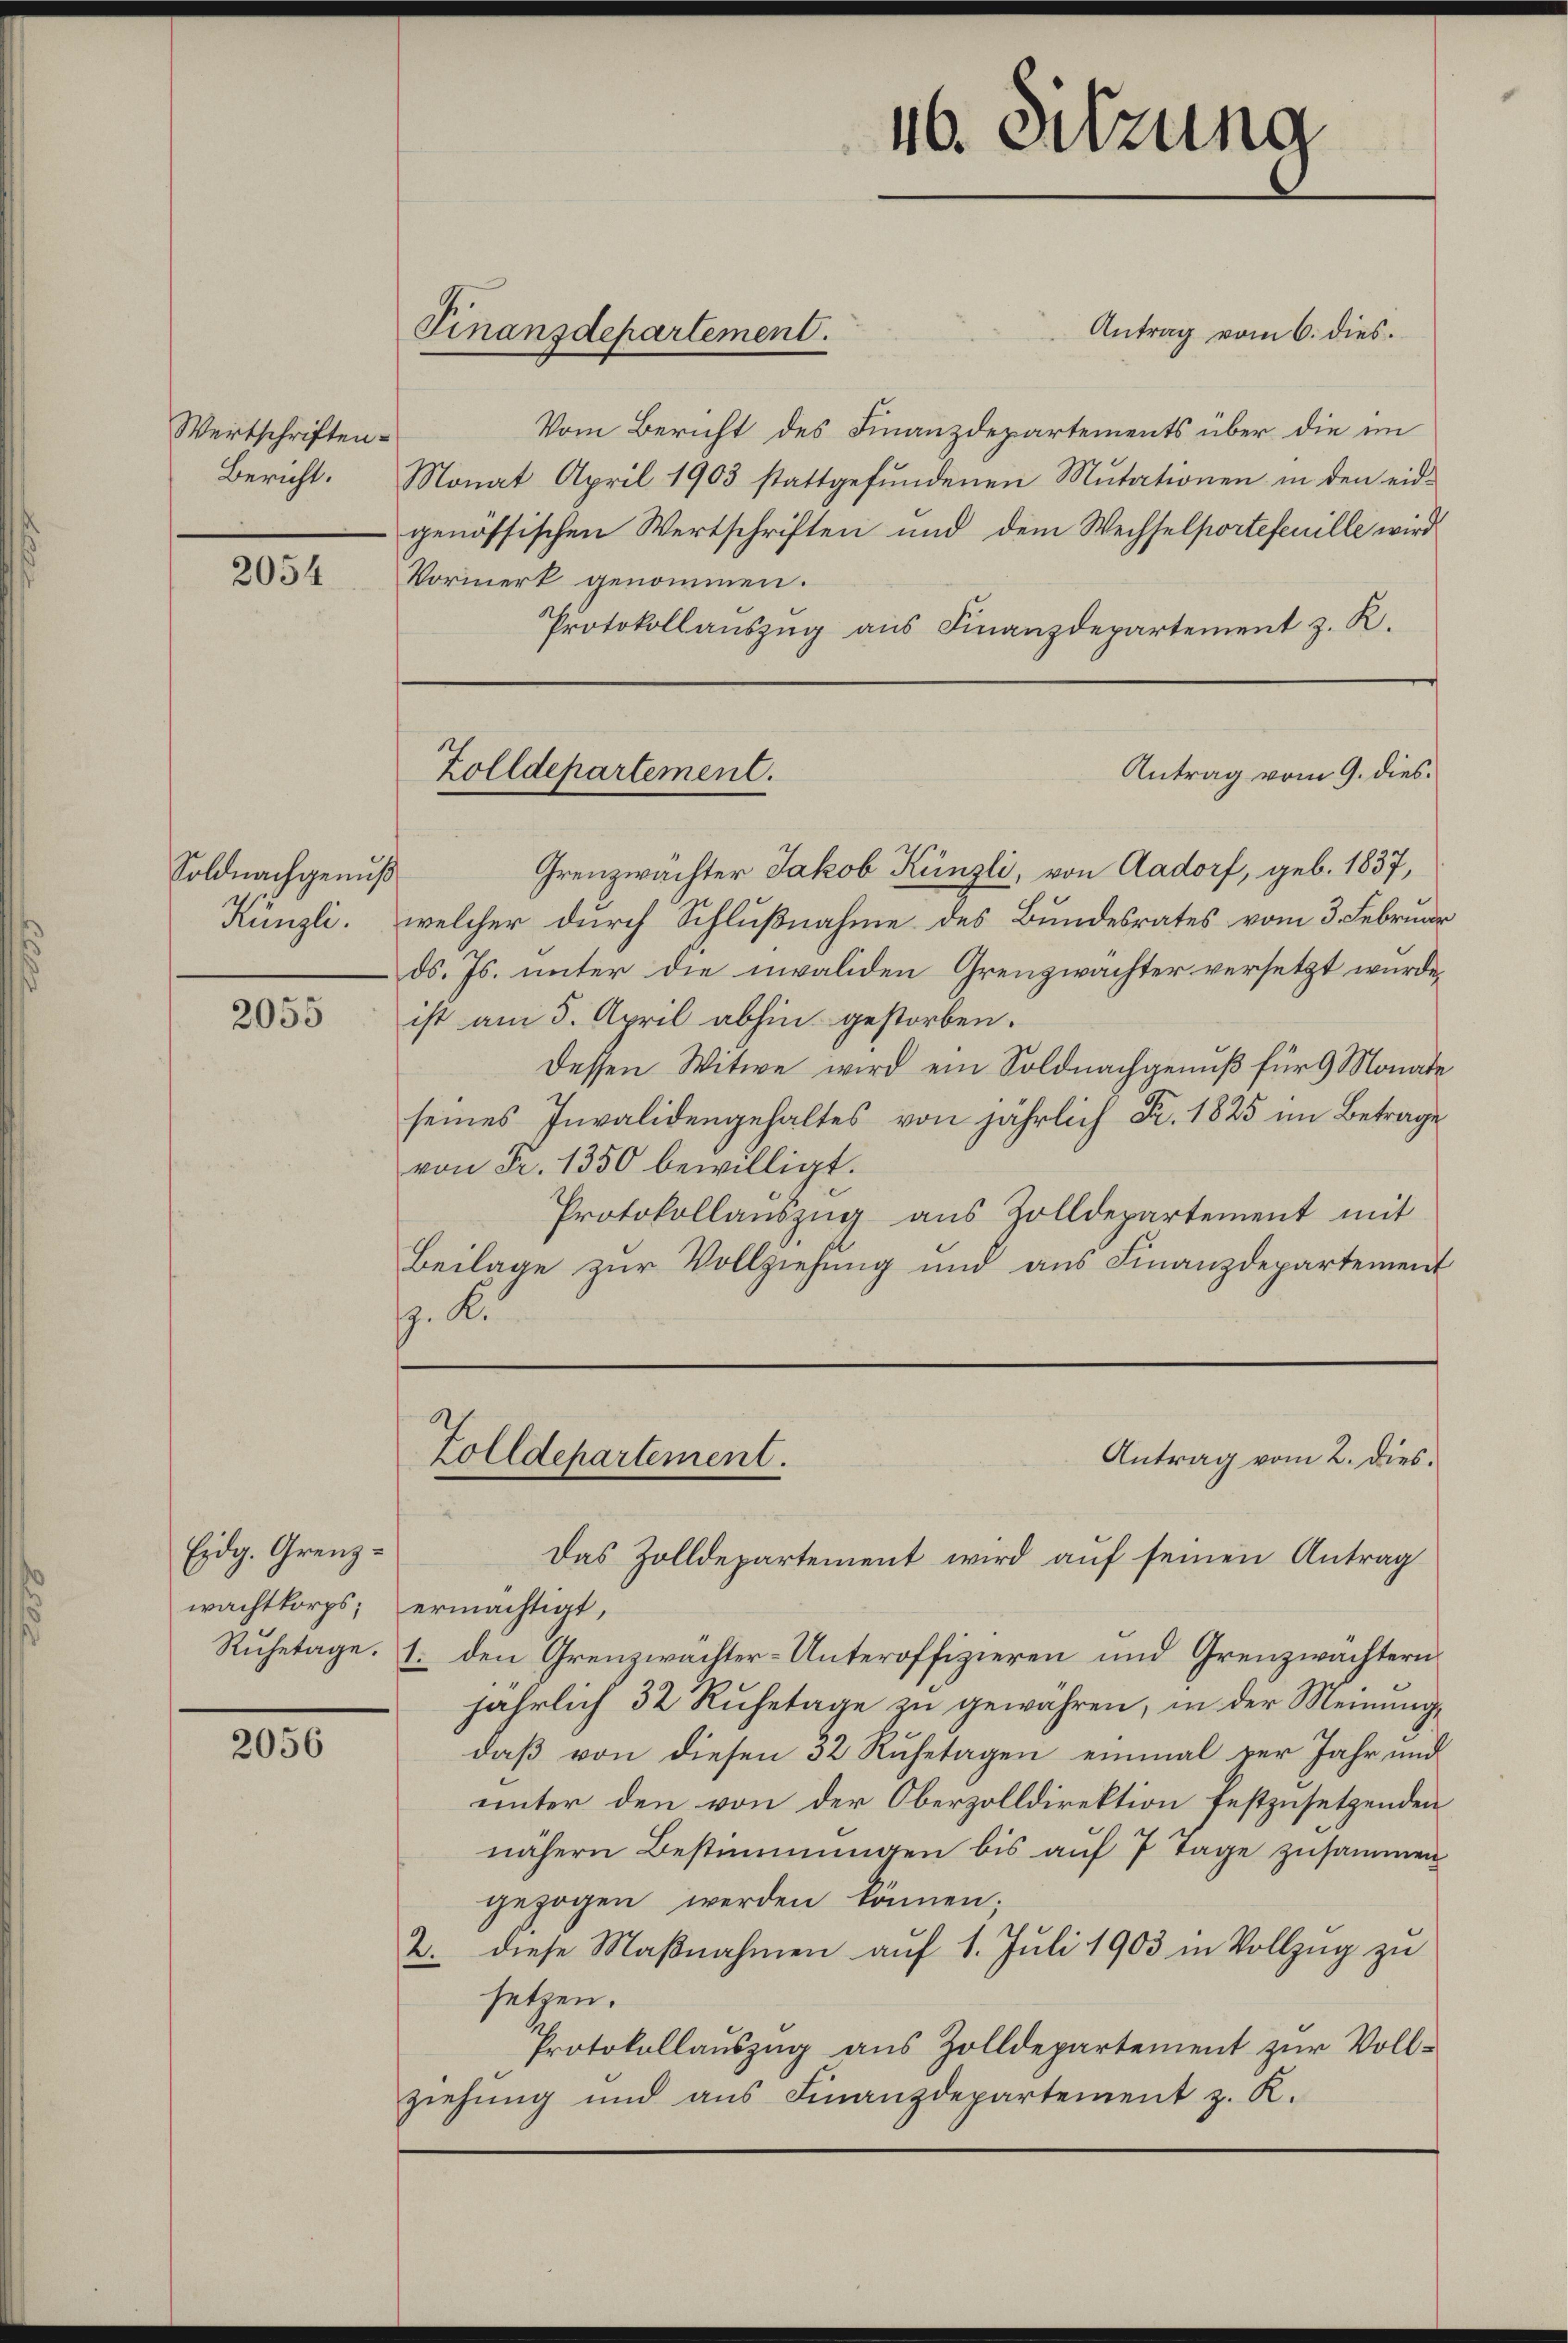
Wertschriften.
Bericht.

2054

Soldnachgenuß
Künzli.

2055

Eidg. Grenz¬

2056

Finanzdepartement.

Vormerk genommen.
Protokollauszug aus Finanzdepartement z. K.

Zolldepartement.

16. Sitzung

Zolldepartement.

Antrag vom 6. dies.
Vom Bericht des Finanzdepartements über die im
Monat April 1903 stattgefŭndenen Mutationen in den eid-
genössischen Wertschriften und dem Wechselportefenille wird
Antrag vom 9. dies
Grenzwachter Jakob Künzli, von Aadorf, geb. 1837,
welcher durch Schlußnahme des Bundesrates vom 3. Februar
ds. Js. unter die invaliden Grenzwachter versetzt wurde,
ist am 5. April abhin gestorben.
dessen Witwe wird ein Soldnachgenuß für 9 Monate
seines Invalidengehaltes von jährlich Fr. 1825 im Betrage
von Fr. 1350 bewilligt.
Protokollauszug aus Zolldepartement mit
Beilage zŭr Vollziehung und aus Finanzdepartement
z. K.

Das Zolldepartement wird auf seinen Antrag
wachtkorps; ermächtigt,
Ruhetage. 1. den Grenzwächter-Unteroffizieren und Grenzwächtern
jährlich 32 Ruhetage zu gewähren; in der Meinung
daß von diesen 32 Ruhetagen einmal der Jahr und
unter den von der Oberzolldirektion festzusetzenden
nähern Bestimmungen bis auf 7 Tage zusammen
gezogen werden können;
2. diese Maßnahmen auf 1. Juli 1903 in Vollzug zu
setzen.
Protokollauszug aus Zolldepartement zur Vollziehung und aus Finanzdepartement z. K.

Antrag vom 2. dies